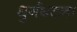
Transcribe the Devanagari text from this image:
धुर्गघटना